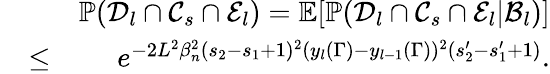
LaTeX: \begin{array}{rlr}&{}&{\mathbb{P}(\mathcal{D}_{l}\cap\mathcal{C}_{s}\cap\mathcal{E}_{l})=\mathbb{E}[\mathbb{P}(\mathcal{D}_{l}\cap\mathcal{C}_{s}\cap\mathcal{E}_{l}|\mathcal{B}_{l})]}\\ &{\leq}&{e^{-2L^{2}\beta_{n}^{2}(s_{2}-s_{1}+1)^{2}(y_{l}(\Gamma)-y_{l-1}(\Gamma))^{2}(s_{2}^{\prime}-s_{1}^{\prime}+1)}.}\end{array}